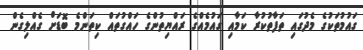
ގައުމުތަކުގެ މެދުގައި ތަފާތުކުރާ ކަމާއި ގައުމެއްގެ ރައްޔިތުންގެ ހައްގުތައް ކިތަންމެ ބޮޑަށް ގެއްލިގެން